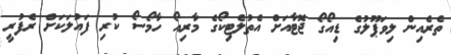
ތެރެއިން ލިވަޕޫލުގެ ޑިއޯގޯ ޖޮޓާއަށް އެތުލެޓިކޯގެ މާރިއޯ ހާމޯސޯ ކުރި ފައުލަކަށް ރެފުރީ